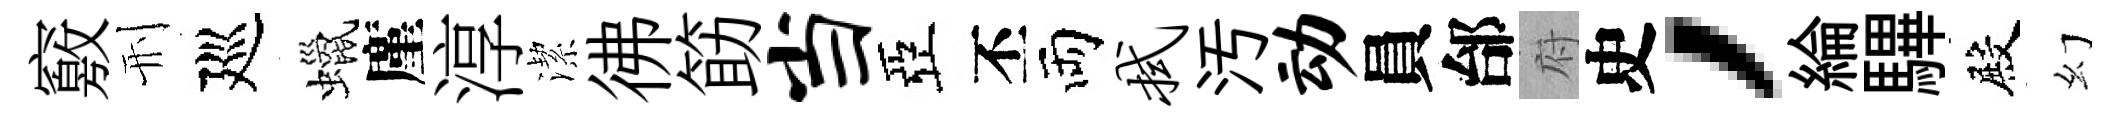
竅刑廵蠟廑淳潔彿筯当亞丕両拭汚动員邰府史，綸驆殿幻